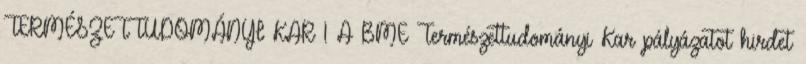
TERMÉSZETTUDOMÁNYI KAR 1 A BME Természettudományi Kar pályázatot hirdet